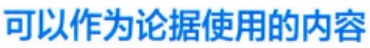
可以作为论据使用的内容